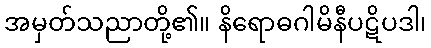
အမှတ်သညာတို့၏။ နိရောဓဂါမိနီပဋိပဒါ၊